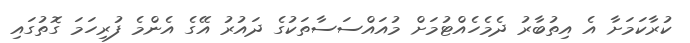
ކުރާކަމަށާ އެ އިތުބާރު ދެމެހެއްޓުމަށް މުއައްސަސާތަކުގެ ދައުރު އޭގެ އެންމެ ފުރިހަމަ ގޮތުގައި